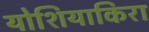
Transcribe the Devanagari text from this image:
योशियाकिरा